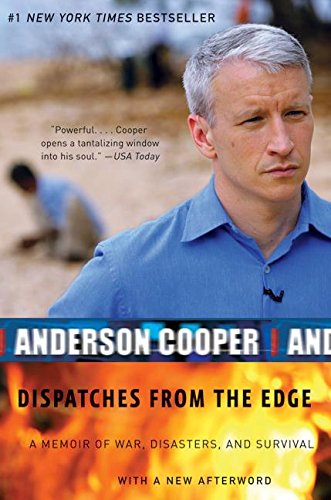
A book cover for Dispatches from the Edge: A Memoir of War, Disasters, and Survival; Anderson Cooper; Biographies & Memoirs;